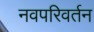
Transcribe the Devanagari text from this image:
नवपरिवर्तन